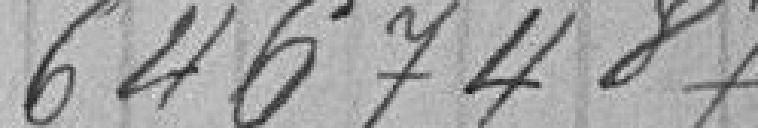
6467487